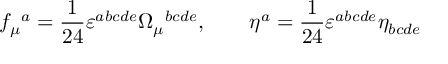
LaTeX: f _ { \mu } { } ^ { a } = \frac { 1 } { 2 4 } \varepsilon ^ { a b c d e } \Omega _ { \mu } { } ^ { b c d e } , \qquad \eta ^ { a } = \frac { 1 } { 2 4 } \varepsilon ^ { a b c d e } \eta _ { b c d e }